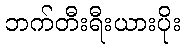
ဘက်တီးရီးယားပိုး